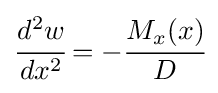
{\cfrac {d^{2}w}{dx^{2}}}=-{\cfrac {M_{x}(x)}{D}}